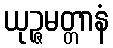
ယုဉ္ဇမတ္တာနံ